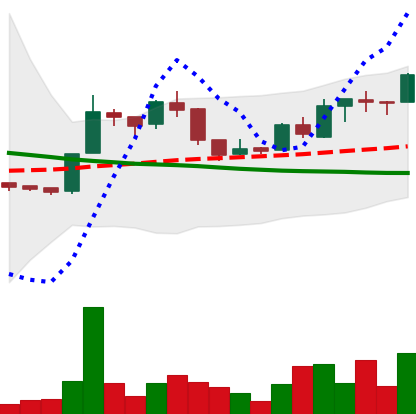
Ticker: LTC-USD
Chart end date: 2015-12-11
Forward return: -3.585%
Label: down_3_5